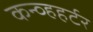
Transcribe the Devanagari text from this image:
कन्व्हहर्टर